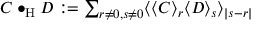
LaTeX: \textstyle C \bullet _ { \mathrm { H } } D : = \sum _ { r \neq 0 , s \neq 0 } \langle \langle C \rangle _ { r } \langle D \rangle _ { s } \rangle _ { | s - r | }